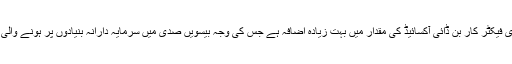
گلوبل وارمنگ کا بنیادی فیکٹر کار بن ڈائی آکسائیڈ کی مقدار میں بہت زیادہ اضافہ ہے جس کی وجہ بیسویں صدی میں سرمایہ دارانہ بنیادوں پر ہونے والی تیز صنعت کاری ہے۔